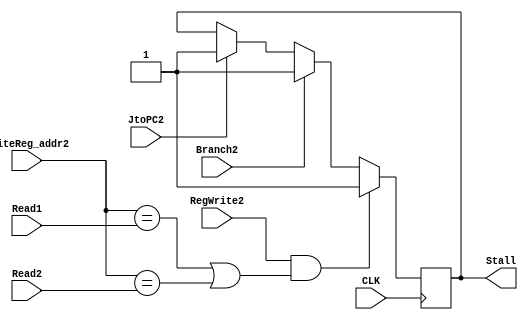
module Stall(
	/*CLK*/
	input wire CLK,

	/*control for write*/
	input wire RegWrite2,

	input wire [4:0] WriteReg_addr2,
	input wire [4:0] Read1,
	input wire [4:0] Read2,

	input wire Branch2,
	input wire JtoPC2,


	output reg Stall


	);

always @(posedge CLK)
begin
	if(RegWrite2 && ((WriteReg_addr2 == Read1)||(WriteReg_addr2 == Read2)))
		Stall <= 1'b1;
	else if(Branch2 == 1)
		Stall <= 1'b1;
	else if(JtoPC2 == 1)
		Stall <= 1'b1;
end

initial
begin
	Stall <= 0;
end

endmodule